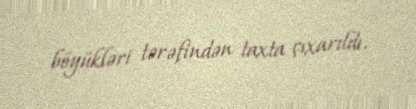
böyükləri tərəfindən taxta çıxarıldı.